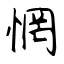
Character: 惘